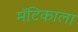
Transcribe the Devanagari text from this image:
मॅटिकाला